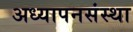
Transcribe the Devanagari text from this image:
अध्यापनसंस्था